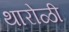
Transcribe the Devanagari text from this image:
थारोळी